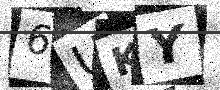
Text: 6UKY